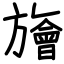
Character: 旝